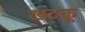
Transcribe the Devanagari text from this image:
खटकू